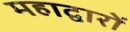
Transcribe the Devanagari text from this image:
महाद्वारों